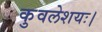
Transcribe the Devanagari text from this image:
कुवलेशयः।